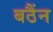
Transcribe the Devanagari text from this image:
बठैंन